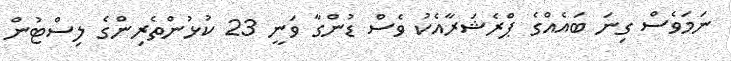
ނަމަވެސް ގިނަ ބައެއްގެ ޕްރެޝަރާއެކު ވެސް ޑުންގާ ވަނީ 23 ކުޅުންތެރިންގެ ލިސްޓުން